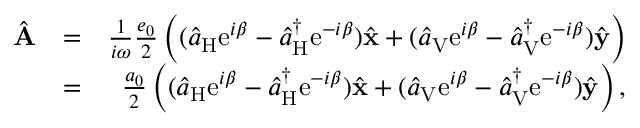
\begin{array} { r l r } { \hat { \bf A } } & { = } & { \frac { 1 } { i \omega } \frac { e _ { 0 } } { 2 } \left( ( \hat { a } _ { \mathrm { H } } \mathrm { e } ^ { i \beta } - \hat { a } _ { \mathrm { H } } ^ { \dagger } \mathrm { e } ^ { - i \beta } ) \hat { \bf x } + ( \hat { a } _ { \mathrm { V } } \mathrm { e } ^ { i \beta } - \hat { a } _ { \mathrm { V } } ^ { \dagger } \mathrm { e } ^ { - i \beta } ) \hat { \bf y } \right) } \\ & { = } & { \frac { a _ { 0 } } { 2 } \left( ( \hat { a } _ { \mathrm { H } } \mathrm { e } ^ { i \beta } - \hat { a } _ { \mathrm { H } } ^ { \dagger } \mathrm { e } ^ { - i \beta } ) \hat { \bf x } + ( \hat { a } _ { \mathrm { V } } \mathrm { e } ^ { i \beta } - \hat { a } _ { \mathrm { V } } ^ { \dagger } \mathrm { e } ^ { - i \beta } ) \hat { \bf y } \right) , } \end{array}